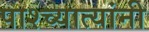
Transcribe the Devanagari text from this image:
पाश्च्यात्यांनी